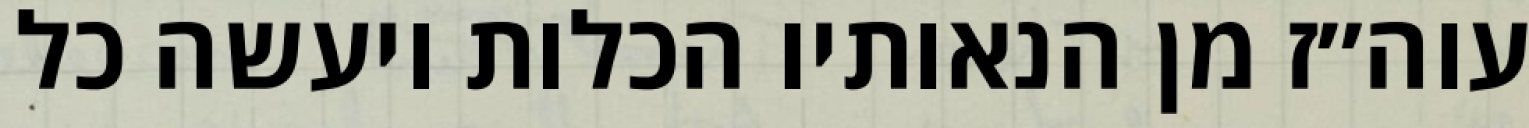
עוה״ז מן הנאותיו הכלות ויעשה כל